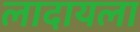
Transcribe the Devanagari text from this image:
लादायला